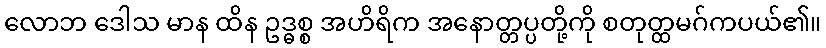
လောဘ ဒေါသ မာန ထိန ဥဒ္ဓစ္စ အဟိရိက အနောတ္တပ္ပတို့ကို စတုတ္ထမဂ်ကပယ်၏။